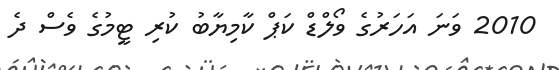
2010 ވަނަ އަހަރުގެ ވޯލްޑް ކަޕް ކާމިޔާބު ކުރި ޓީމުގެ ވެސް ދެ